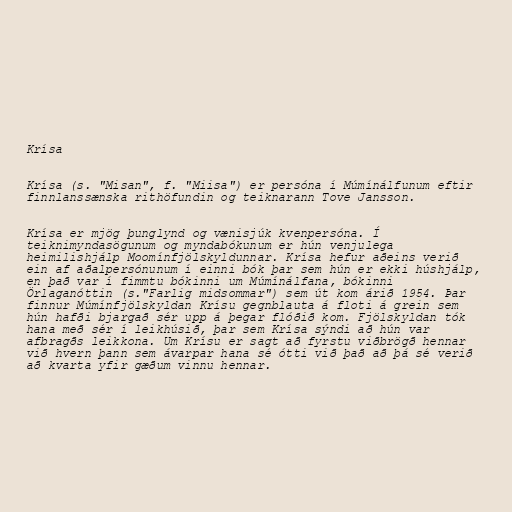
Krísa

Krísa (s. "Misan", f. "Miisa") er persóna í Múmínálfunum eftir
finnlanssænska rithöfundin og teiknarann Tove Jansson.

Krísa er mjög þunglynd og vænisjúk kvenpersóna. Í
teiknimyndasögunum og myndabókunum er hún venjulega
heimilishjálp Moomínfjölskyldunnar. Krísa hefur aðeins verið
ein af aðalpersónunum í einni bók þar sem hún er ekki húshjálp,
en það var í fimmtu bókinni um Múmínálfana, bókinni
Örlaganóttin (s."Farlig midsommar") sem út kom árið 1954. Þar
finnur Múmínfjölskyldan Krísu gegnblauta á floti á grein sem
hún hafði bjargað sér upp á þegar flóðið kom. Fjölskyldan tók
hana með sér í leikhúsið, þar sem Krísa sýndi að hún var
afbragðs leikkona. Um Krísu er sagt að fyrstu viðbrögð hennar
við hvern þann sem ávarpar hana sé ótti við það að þá sé verið
að kvarta yfir gæðum vinnu hennar.